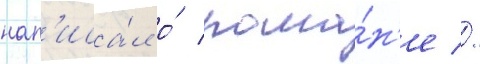
нап'иса́л о́ рома́н'е //